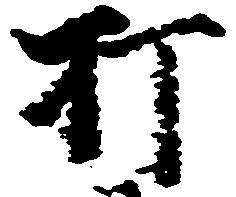
打